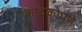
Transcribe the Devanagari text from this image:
काटेकोपणे